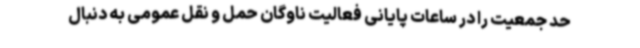
حد جمعیت را در ساعات پایانی فعالیت ناوگان حمل و نقل عمومی به دنبال